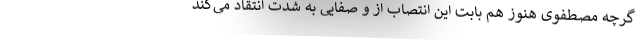
گرچه مصطفوی هنوز هم بابت این انتصاب از و صفایی به شدت انتقاد می‌کند